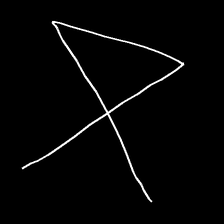
Glyph: collection